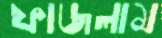
ফাজলাম